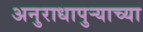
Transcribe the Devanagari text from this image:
अनुराधापुऱ्याच्या